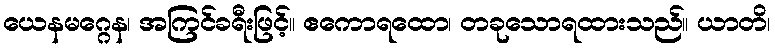
ယေနမဂ္ဂေန၊ အကြင်ခရီးဖြင့်။ ဧကောရထော၊ တခုသောရထားသည်။ ယာတိ၊